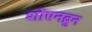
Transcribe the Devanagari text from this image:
शोएनब्रुन